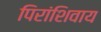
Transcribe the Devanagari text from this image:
पिरांशिवाय